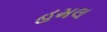
હમલ